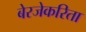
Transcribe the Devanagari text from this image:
बेरजेकरिता